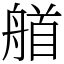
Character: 艏